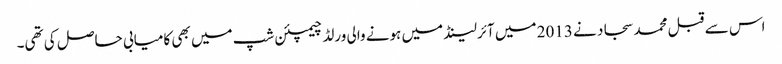
اس سے قبل محمد سجاد نے 2013 میں آئرلینڈ میں ہونے والی ورلڈ چیمپئن شپ میں بھی کامیابی حاصل کی تھی۔